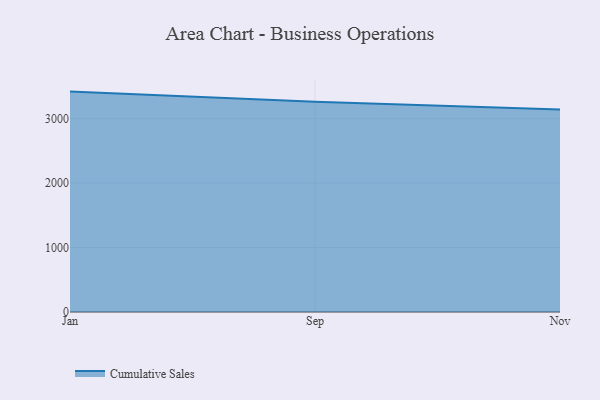
{"axis": {"x": "Month", "y": "Inventory Turnover"}, "legend": ["Cumulative Sales"], "data": [{"x": "Jan", "y": 3418.5, "type": "Cumulative Sales"}, {"x": "Sep", "y": 3259.4, "type": "Cumulative Sales"}, {"x": "Nov", "y": 3139.2, "type": "Cumulative Sales"}]}